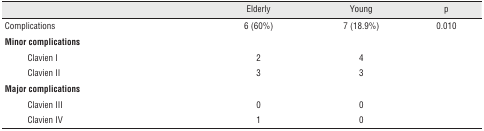
| <COLSPAN=2>  | Elderly | Young | p |
 | --- | --- | --- | --- | --- |
 | <COLSPAN=2> Complications | 6 (60%) | 7(18.9%) | 0.010 |
 | <COLSPAN=2> Minor complications |  |  |  |
 |  | Clavien I | 2 | 4 |  |
 |  | Clavien II | 3 | 3 |  |
 | <COLSPAN=2> Major complications |  |  |  |
 |  | Clavien III | 0 | 0 |  |
 |  | Clavien IV | 1 | 0 |  |